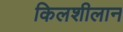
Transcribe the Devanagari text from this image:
किलशीलान